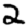
Digit: 2